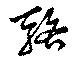
駱